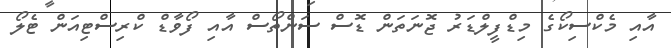
އާއި މެކްސިކޯގެ މިޑްފީލްޑަރު ޖޮނަތަން ޑޮސް ސަންތޯސް އާއި ފޯވާޑް ކްރިސްޓިއަން ޓެލޯ